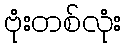
ဗုံးတစ်လုံး